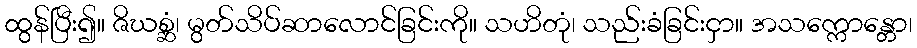
ထွန်ပြီး၍။ ဇိဃစ္ဆံ၊ မွတ်သိပ်ဆာလောင်ခြင်းကို။ သဟိတုံ၊ သည်းခံခြင်းငှာ။ အသက္ကောန္တော၊